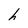
Character: h